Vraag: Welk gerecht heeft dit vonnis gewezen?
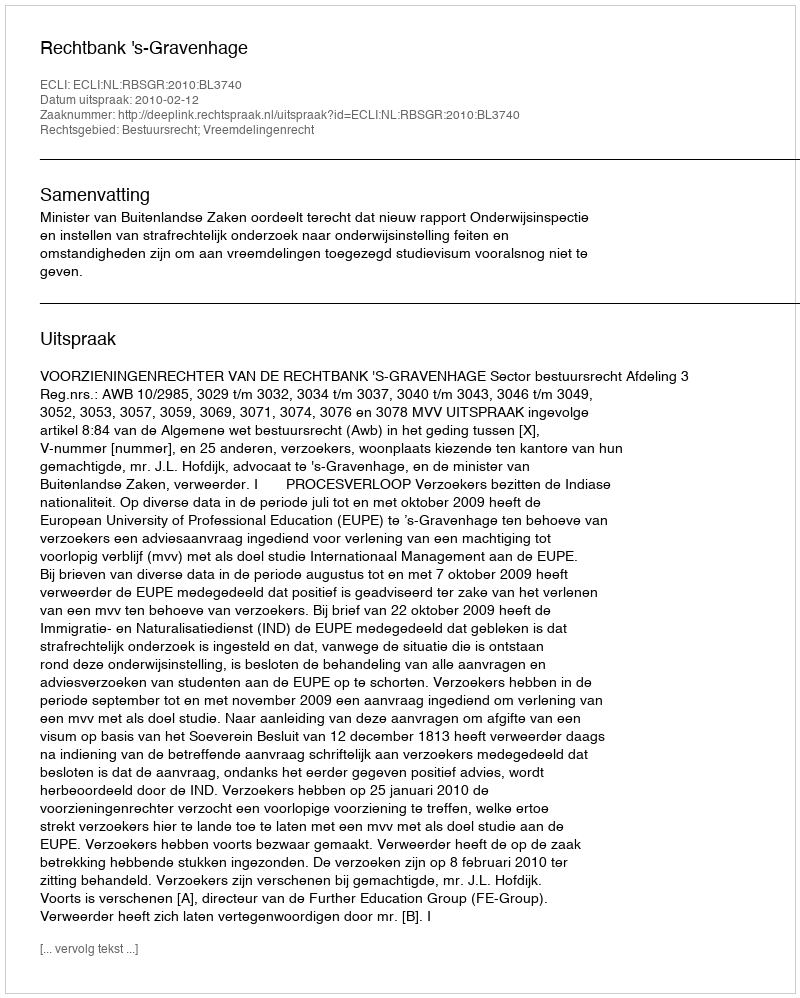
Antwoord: Rechtbank 's-Gravenhage